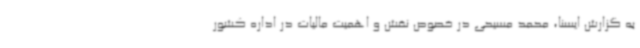
به گزارش ایسنا، محمد مسیحی در خصوص نقش و اهمیت مالیات در اداره کشور